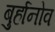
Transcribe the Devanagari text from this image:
बुर्हानोव